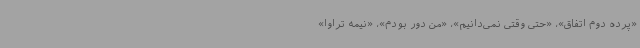
«پرده دوم اتفاق»، «حتی وقتی نمی‌دانیم»، «من دور بودم»، «نیمه تراوا»